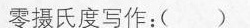
零摄氏度写作：( )